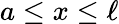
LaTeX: a\leq x\leq\ell